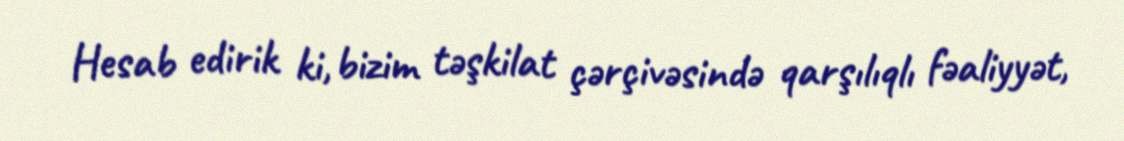
Hesab edirik ki, bizim təşkilat çərçivəsində qarşılıqlı fəaliyyət,